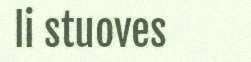
li stuoves